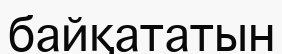
байқататын